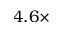
4 . 6 \times